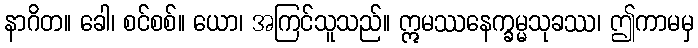
နာဂိတ။ ခေါ၊ စင်စစ်။ ယော၊ အကြင်သူသည်။ ဣမဿနေက္ခမ္မသုခဿ၊ ဤကာမမှ